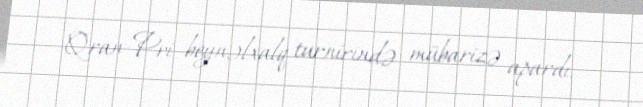
Qran-Pri beynəlxalq turnirində mübarizə apardı.